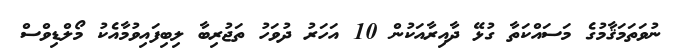
ނުވަތަމަޤާމުގެ މަސައްކަތާ ގުޅޭ ދާއިރާއަކުން 10 އަހަރު ދުވަހު ތަޖުރިބާ ލިބިފައިވުމާއެކު މޯލްޑިވްސް